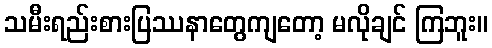
သမီးရည်းစားပြဿနာတွေကျတော့ မလိုချင် ကြဘူး။